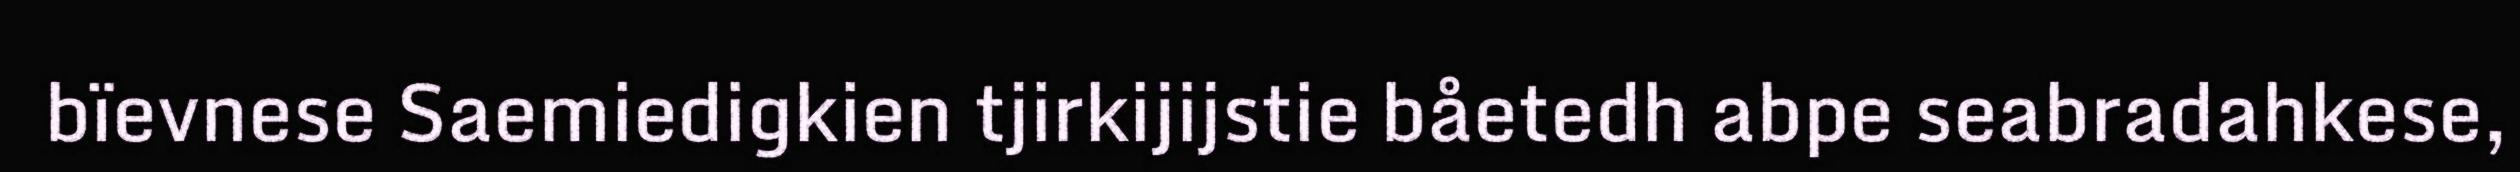
bïevnese Saemiedigkien tjirkijijstie båetedh abpe seabradahkese,